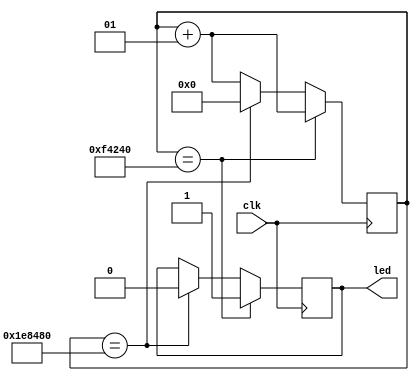
module clock(
    input clk, //clock of arty z7
    output reg led
);
    integer count = 0;
    always @(posedge clk)
    begin
        count <= count + 1;
        if (count == 1000000) led <=1;
        else if (count == 2000000)
        begin
            led <= 0;
            count <=0;
        end
    end
endmodule